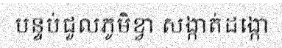
បន្ទប់ជួលភូមិខ្វា សង្កាត់ដង្កោ